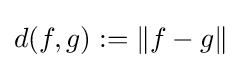
d(f,g):=\|f-g\|